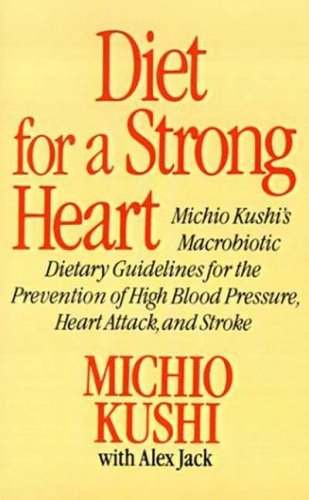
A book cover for Diet for a Strong Heart: Michio Kushi's Macrobiotic Dietary Guidlines for the Prevension of High Blood Pressure, Heart Attack and Stroke; Michio Kushi; Health, Fitness & Dieting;